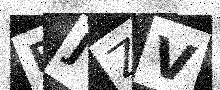
Text: EJZV